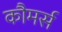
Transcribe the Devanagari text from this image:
कौमर्स